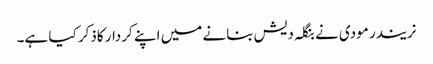
نریندر مودی نے بنگلہ دیش بنانے میں اپنے کردار کاذکر کیا ہے۔